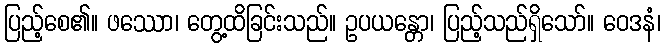
ပြည့်စေ၏။ ဖဿော၊ တွေ့ထိခြင်းသည်။ ဥပယန္တော၊ ပြည့်သည်ရှိသော်။ ဝေဒနံ၊